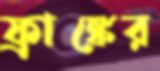
ফ্রাঙ্কের